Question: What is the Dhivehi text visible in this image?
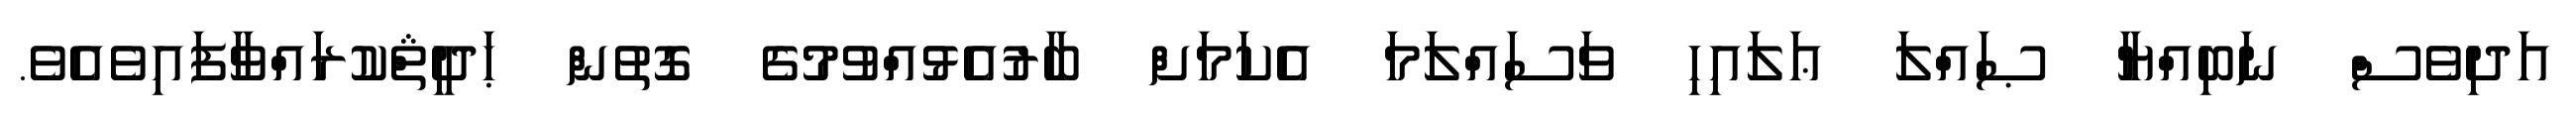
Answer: އަދިވެސް ނަބިއްޔާ ޞައްލަ ޢަލައިހި ވަސައްލަމަ އެކަމަށް ބާރުއެޅުއްވުމުގެ ގޮތުން ޙަދީޘްކުރައްވާފައިވެއެވެ.